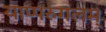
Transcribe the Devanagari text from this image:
याप्परुंगलम्